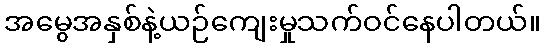
အမွေအနှစ်နဲ့ယဉ်ကျေးမှုသက်ဝင်နေပါတယ်။